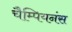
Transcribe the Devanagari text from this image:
चैम्पियनंस